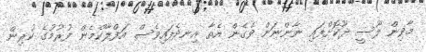
މާވިން ލޫސީ ދޫކޮށްފައި ނާންނަން ވެގެން އެތާ އިނދެފައިވެސް އަފްލާކްމެން ފުރުމުގެ ކުރިން